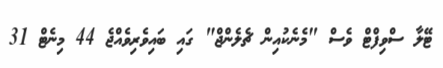
ޓޭލާ ސްވިފްޓް ވެސް "މެނެކުއިން ޗެލެންޖް" ގައި ބައިވެރިވެއްޖެ 44 މިނެޓް 31